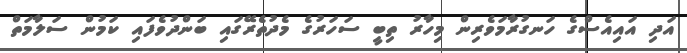
އަދި އައިއެސްގެ ހަނގުރާމަވެރިން މިހާރު ތިބީ ސަހަރުގެ މެދުތެރޭގައި ބަންދުވެފައި ކަމުން ސަލާމަތް